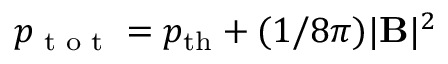
p _ { \textrm { t o t } } = p _ { \mathrm { t h } } + ( 1 / 8 \pi ) | \mathbf { B } | ^ { 2 }